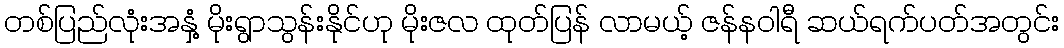
တစ်ပြည်လုံးအနှံ့ မိုးရွာသွန်းနိုင်ဟု မိုးဇလ ထုတ်ပြန် လာမယ့် ဇန်နဝါရီ ဆယ်ရက်ပတ်အတွင်း